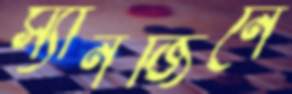
স্যানজিনে